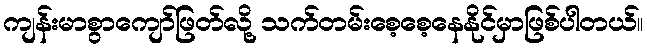
ကျန်းမာစွာကျော်ဖြတ်လို့ သက်တမ်းစေ့စေ့နေနိုင်မှာဖြစ်ပါတယ်။